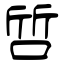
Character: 啠